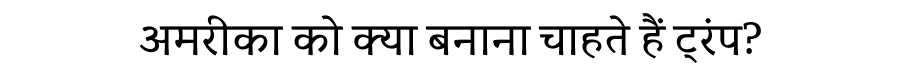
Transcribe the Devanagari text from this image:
अमरीका को क्या बनाना चाहते हैं ट्रंप?